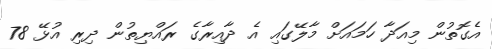
އެގޮތުން މިއަދާ ހަމައަށް މާލޭގައި އެ ދާއިރާގެ ރައްޔިތުން ދިރި އުޅޭ 78